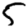
Digit: 5